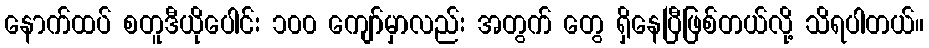
နောက်ထပ် စတူဒီယိုပေါင်း ၁၀၀ ကျော်မှာလည်း အတွက် တွေ ရှိနေပြီဖြစ်တယ်လို့ သိရပါတယ်။